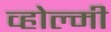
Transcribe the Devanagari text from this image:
व्होल्मी